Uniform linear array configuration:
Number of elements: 48
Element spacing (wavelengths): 0.75
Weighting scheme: exponential
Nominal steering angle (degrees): -15
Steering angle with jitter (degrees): -15.973
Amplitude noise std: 0.05
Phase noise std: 0.05

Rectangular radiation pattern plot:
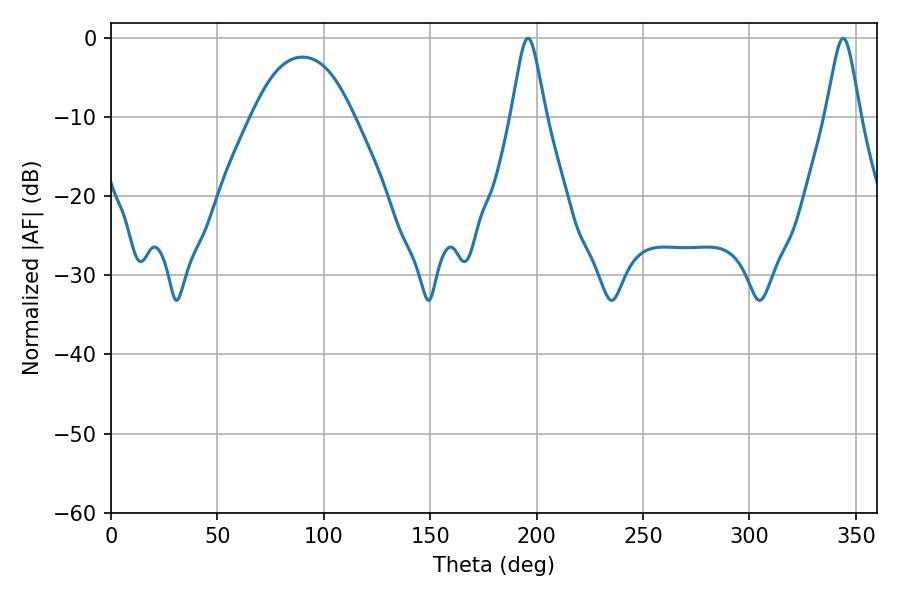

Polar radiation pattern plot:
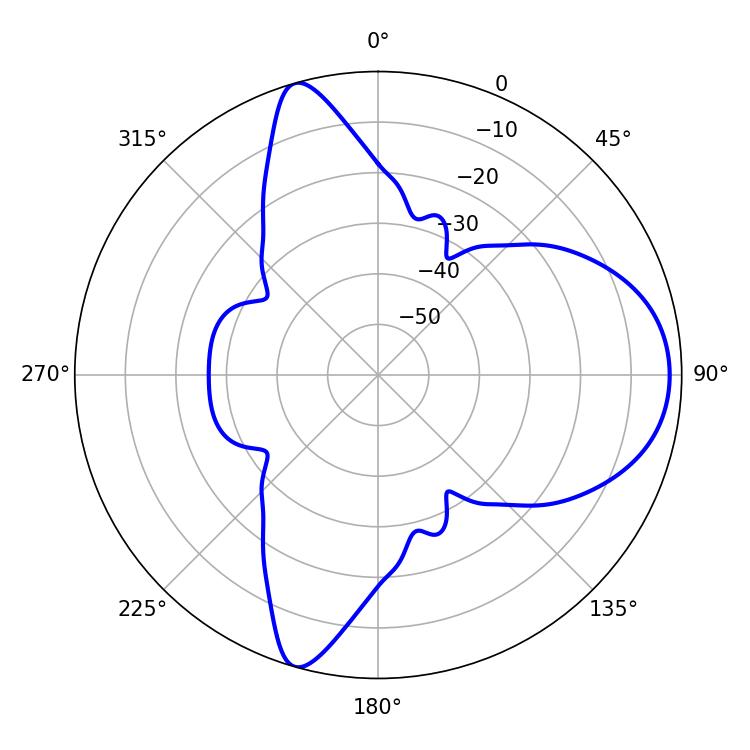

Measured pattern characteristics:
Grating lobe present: TRUE
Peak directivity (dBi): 9.259
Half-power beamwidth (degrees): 7.92
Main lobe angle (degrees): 196.02